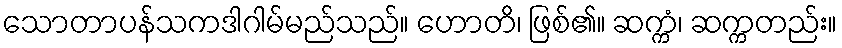
သောတာပန်သကဒါဂါမ်မည်သည်။ ဟောတိ၊ ဖြစ်၏။ ဆက္ကံ၊ ဆက္ကတည်း။